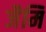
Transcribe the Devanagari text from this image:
जैमि